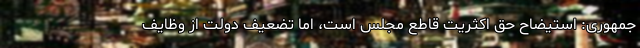
جمهوری: استیضاح حق اکثریت قاطع مجلس است، اما تضعیف دولت از وظایف